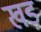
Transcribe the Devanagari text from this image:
खड़